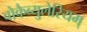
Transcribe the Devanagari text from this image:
वोकैब्युलेरियम्